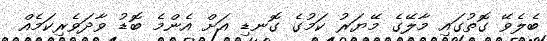
ބެލެވޭ ގޮތުގައި މާލޭގެ މޭޔަރު ކަމުގެ ގޮނޑި އަށް އެންމެ ބޮޑު ވާދަވެރިކަމެއް